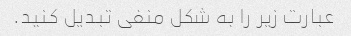
عبارت زیر را به شکل منفی تبدیل کنید.